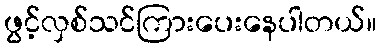
ဖွင့်လှစ်သင်ကြားပေးနေပါတယ်။